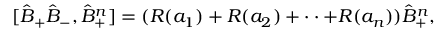
[ \hat { B } _ { + } \hat { B } _ { - } , \hat { B } _ { + } ^ { n } ] = ( R ( a _ { 1 } ) + R ( a _ { 2 } ) + \cdot \cdot + R ( a _ { n } ) ) \hat { B } _ { + } ^ { n } ,